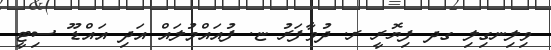
ވިލިނގިލި ގދ ފިޔޮރީ ރ. ދުވާފަރު ޏ. ފުއައްމުލައް އަދި އައްޑޫ ސިޓީ